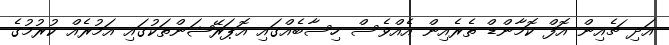
އަދި ޗެއިން އޮފް ކޮމާންޑް ތެރެއިން އެއްވެސް ހިސާބެއްގައި އޮޕަރޭޝަންތަކުގައި އަމުރެއް ކުރުމުގެ